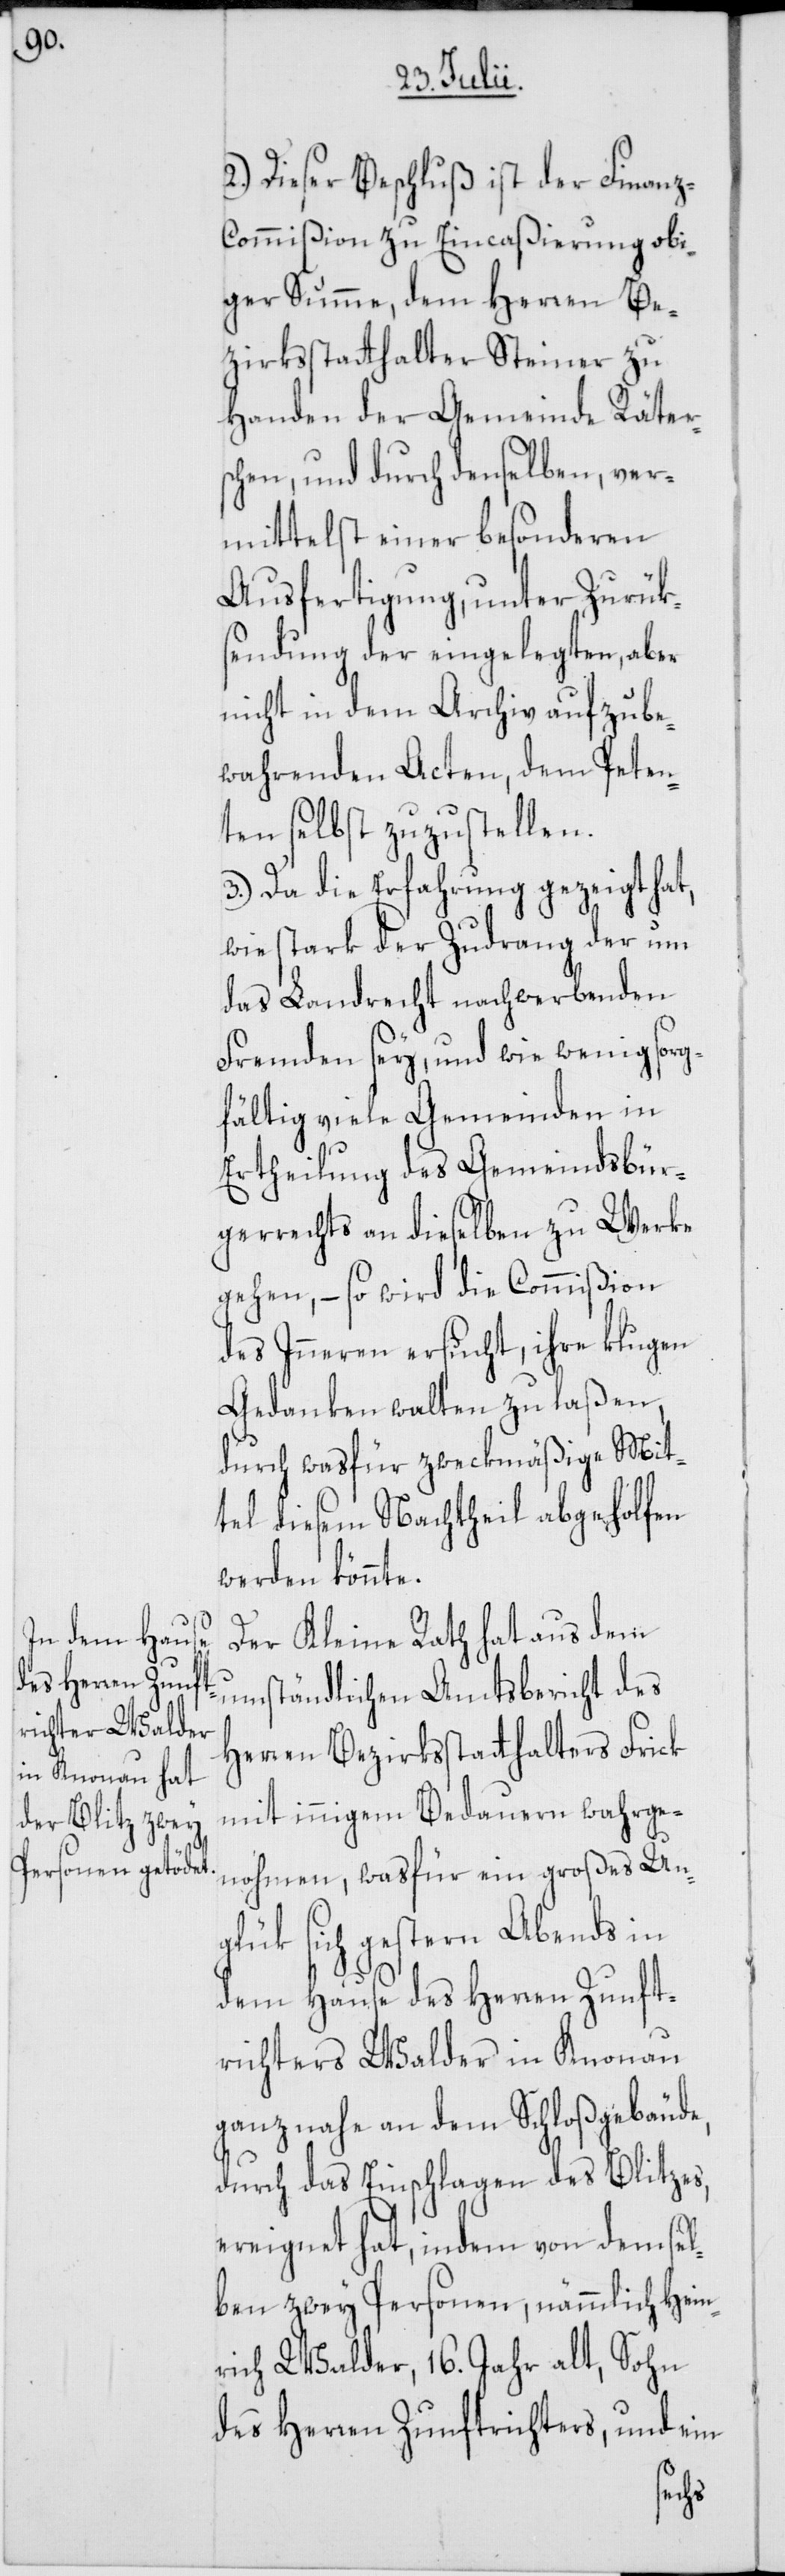
2.) Dieser Beschluß ist der Finan¬
z-Commißion zu Eincaßierung obi¬
ger Summe, dem Herren Be¬
zirksstatthalter Steiner zu
Handen der Gemeinde Räters¬
chen, und durch denselben, ver¬
mittelst einer besonderen
Ausfertigung, unter Zurük¬
sendung der eingelegten, aber
nicht in dem Archiv aufzube¬
wahrenden Acten, dem Peten¬
ten selbst zuzustellen.
3.) Da die Erfahrung gezeigt hat,
wie stark der Zudrang der um
das Landrecht nachwerbenden
Fremden sey, und wie wenig sorg¬
fältig viele Gemeinden in
Ertheilung des Gemeindsbür¬
gerrechts an dieselben zu Werke
gehen, – so wird die Commißion
des Inneren ersucht, ihre klugen
Gedanken walten zu laßen,
durch was für zweckmäßige Mit¬
tel diesem Nachtheil abgeholfen
werden könnte.
Der Kleine Rath hat aus dem
Herren Bezirksstatthalters Frick
mit innigem Bedauern wahrge¬
nohmen, was für ein großes Un¬
glük sich gestern Abends in
dem Hause des Herren Zunft¬
richters Walder in Knonau
ganz nahe an dem Schloßgebäude,
durch das Einschlagen des Blitzes,
ereignet hat, indem von dem sel¬
ben zwey Personen, nämmlich Hein¬
rich Walder, 16. Jahr alt, Sohn
des Herren Zunftrichters, und ein
des